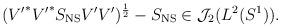
LaTeX: \begin{align*}({V'}^*{V'}^*S_{\rm NS}V'V')^\frac{1}{2}-S_{\rm NS} \in{\cal J}_2(L^2(S^1)).\end{align*}